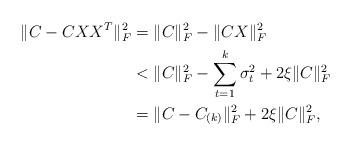
LaTeX: \begin{align*} \begin{aligned} \|C - C XX^{T}\|_F^2 & = \|C\|_F^2 - \|CX\|_F^2 \\ & < \|C\|_F^2 - \sum_{t=1}^{k}\sigma^2_{t} + 2\xi \|C\|^2_F\\ & = \|C - C_{(k)}\|_F^2 + 2\xi \|C\|^2_F, \end{aligned}\end{align*}